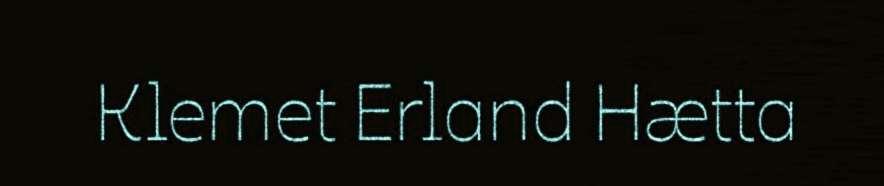
Klemet Erland Hætta